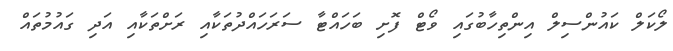
ލޯކަލް ކައުންސިލް އިންތިހާބުގައި ވޯޓް ފޮށި ބަހައްޓާ ސަރަހައްދުތަކާއި ރަށްތަކާއި އަދި ގައުމުތައް